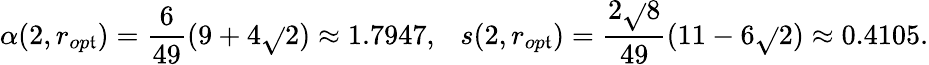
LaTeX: \alpha(2,r_{op\mathfrak{t}})=\frac{{6}}{{49}}(9+4\sqrt{}{{2}})\approx1.7947,\ \ \ s(2,r_{op\mathfrak{t}})=\frac{{2\sqrt{}{{8}}}}{{49}}(11-6\sqrt{}{{2}})\approx0.4105.